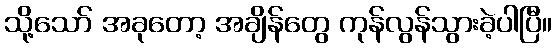
သို့သော် အခုတော့ အချိန်တွေ ကုန်လွန်သွားခဲ့ပါပြီ။